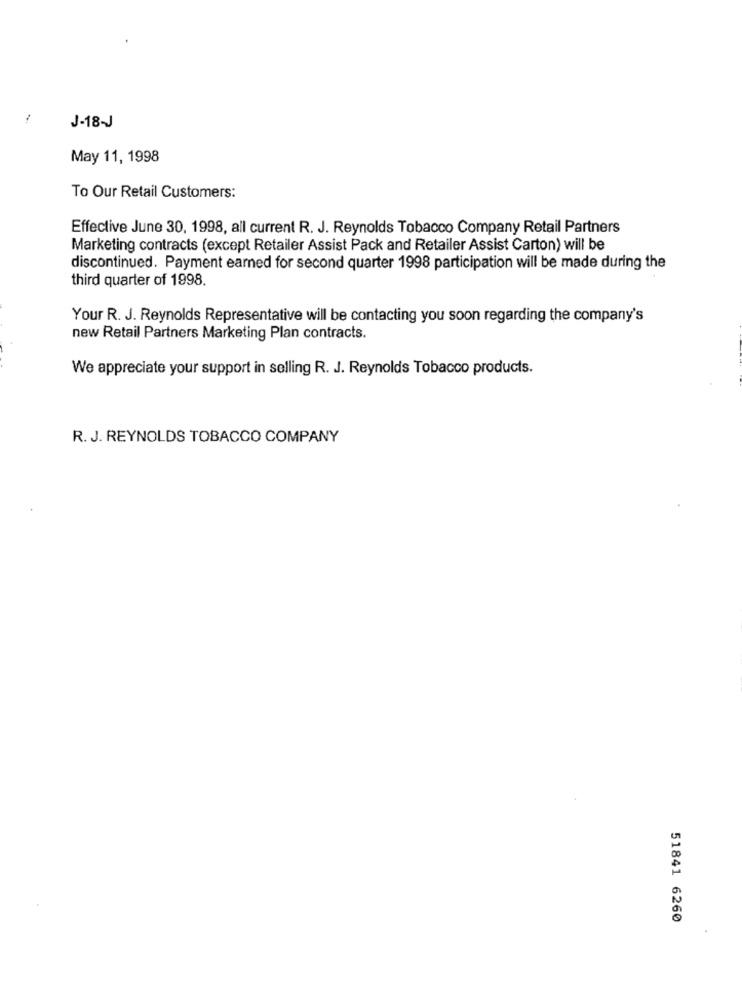
1
J-18-J
May 11, 1998
To Our Retail Customers:
Effective June 30, 1998, all current R. J. Reynolds Tobacco Company Retail Partners
Marketing contracts (except Retailer Assist Pack and Retailer Assist Carton) will be
discontinued. Payment earned for second quarter 1998 participation will be made during the
third quarter of 1998.
Your R. J. Reynolds Representative will be contacting you soon regarding the company's
new Retail Partners Marketing Plan contracts.
We appreciate your support in selling R. J. Reynolds Tobacco products.
R. J. REYNOLDS TOBACCO COMPANY
51841 6260
.